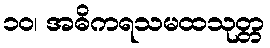
၁၀၊ အဓိကရသမထသုတ္တ